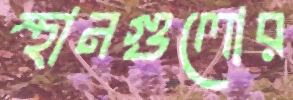
স্থানগুলোর